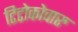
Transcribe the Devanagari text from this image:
टिटोकोवारु